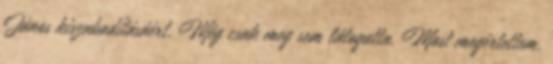
János kiszabadításáért. Még csak meg sem látogatta. Most megértettem,